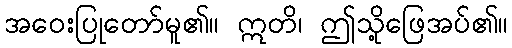
အဝေးပြုတော်မူ၏။ ဣတိ၊ ဤသို့ဖြေအပ်၏။